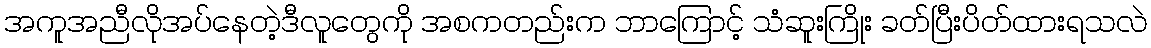
အကူအညီလိုအပ်နေတဲ့ဒီလူတွေကို အစကတည်းက ဘာကြောင့် သံဆူးကြိုး ခတ်ပြီးပိတ်ထားရသလဲ